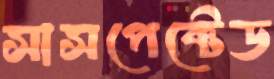
সাসপেক্টেড